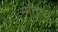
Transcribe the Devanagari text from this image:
स्माईथ्स